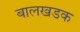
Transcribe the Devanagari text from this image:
बालखडक